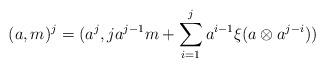
LaTeX: \begin{align*} (a,m)^j &= (a^j, ja^{j-1}m + \sum_{i=1}^j a^{i-1}\xi(a \otimes a^{j-i}) )\end{align*}